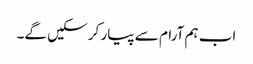
اب ہم آرام سے پیار کر سکیں گے۔